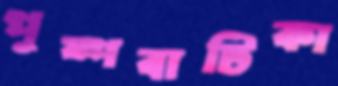
পুষ্পবাটিকা